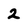
Character: 2